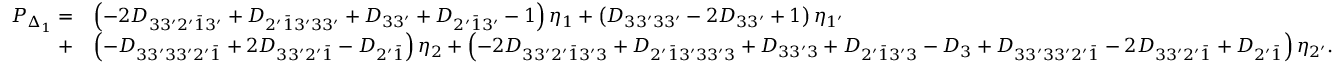
\begin{array} { r l } { P _ { \Delta _ { 1 } } = } & { \left( { - 2 { D _ { 3 3 ^ { \prime } 2 ^ { \prime } \bar { 1 } 3 ^ { \prime } } } + { D _ { 2 ^ { \prime } \bar { 1 } 3 ^ { \prime } 3 3 ^ { \prime } } } + { D _ { 3 3 ^ { \prime } } } + { D _ { 2 ^ { \prime } \bar { 1 } 3 ^ { \prime } } } - 1 } \right) { \eta _ { 1 } } + \left( { { D _ { 3 3 ^ { \prime } 3 3 ^ { \prime } } } - 2 { D _ { 3 3 ^ { \prime } } } + 1 } \right) { \eta _ { 1 ^ { \prime } } } } \\ { + } & { \left( { - { D _ { 3 3 ^ { \prime } 3 3 ^ { \prime } 2 ^ { \prime } \bar { 1 } } } + 2 { D _ { 3 3 ^ { \prime } 2 ^ { \prime } \bar { 1 } } } - { D _ { 2 ^ { \prime } \bar { 1 } } } } \right) { \eta _ { 2 } } + \left( { - 2 { D _ { 3 3 ^ { \prime } 2 ^ { \prime } \bar { 1 } 3 ^ { \prime } 3 } } + { D _ { 2 ^ { \prime } \bar { 1 } 3 ^ { \prime } 3 3 ^ { \prime } 3 } } + { D _ { 3 3 ^ { \prime } 3 } } + { D _ { 2 ^ { \prime } \bar { 1 } 3 ^ { \prime } 3 } } - { D _ { 3 } } + { D _ { 3 3 ^ { \prime } 3 3 ^ { \prime } 2 ^ { \prime } \bar { 1 } } } - 2 { D _ { 3 3 ^ { \prime } 2 ^ { \prime } \bar { 1 } } } + { D _ { 2 ^ { \prime } \bar { 1 } } } } \right) { \eta _ { 2 ^ { \prime } } } . } \end{array}